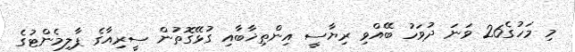
މި މަހުގެ26 ވަނަ ދުވަހު ބޭއްވި ރިޔާސީ އިންތިޚާބާއި ގުޅޭގޮތުން ސީރިއާގެ ޕާލިމެންޓުގެ